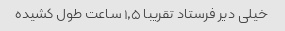
خیلی دیر فرستاد تقریبا ۱٫۵ ساعت طول کشیده